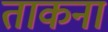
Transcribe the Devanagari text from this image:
ताकना